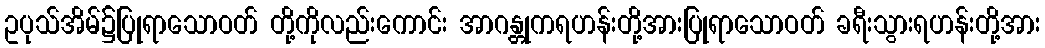
ဥပုသ်အိမ်၌ပြုရာသောဝတ် တို့ကိုလည်းကောင်း အာဂန္တုကရဟန်းတို့အားပြုရာသောဝတ် ခရီးသွားရဟန်းတို့အား